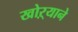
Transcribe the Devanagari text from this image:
खोऱ्याने